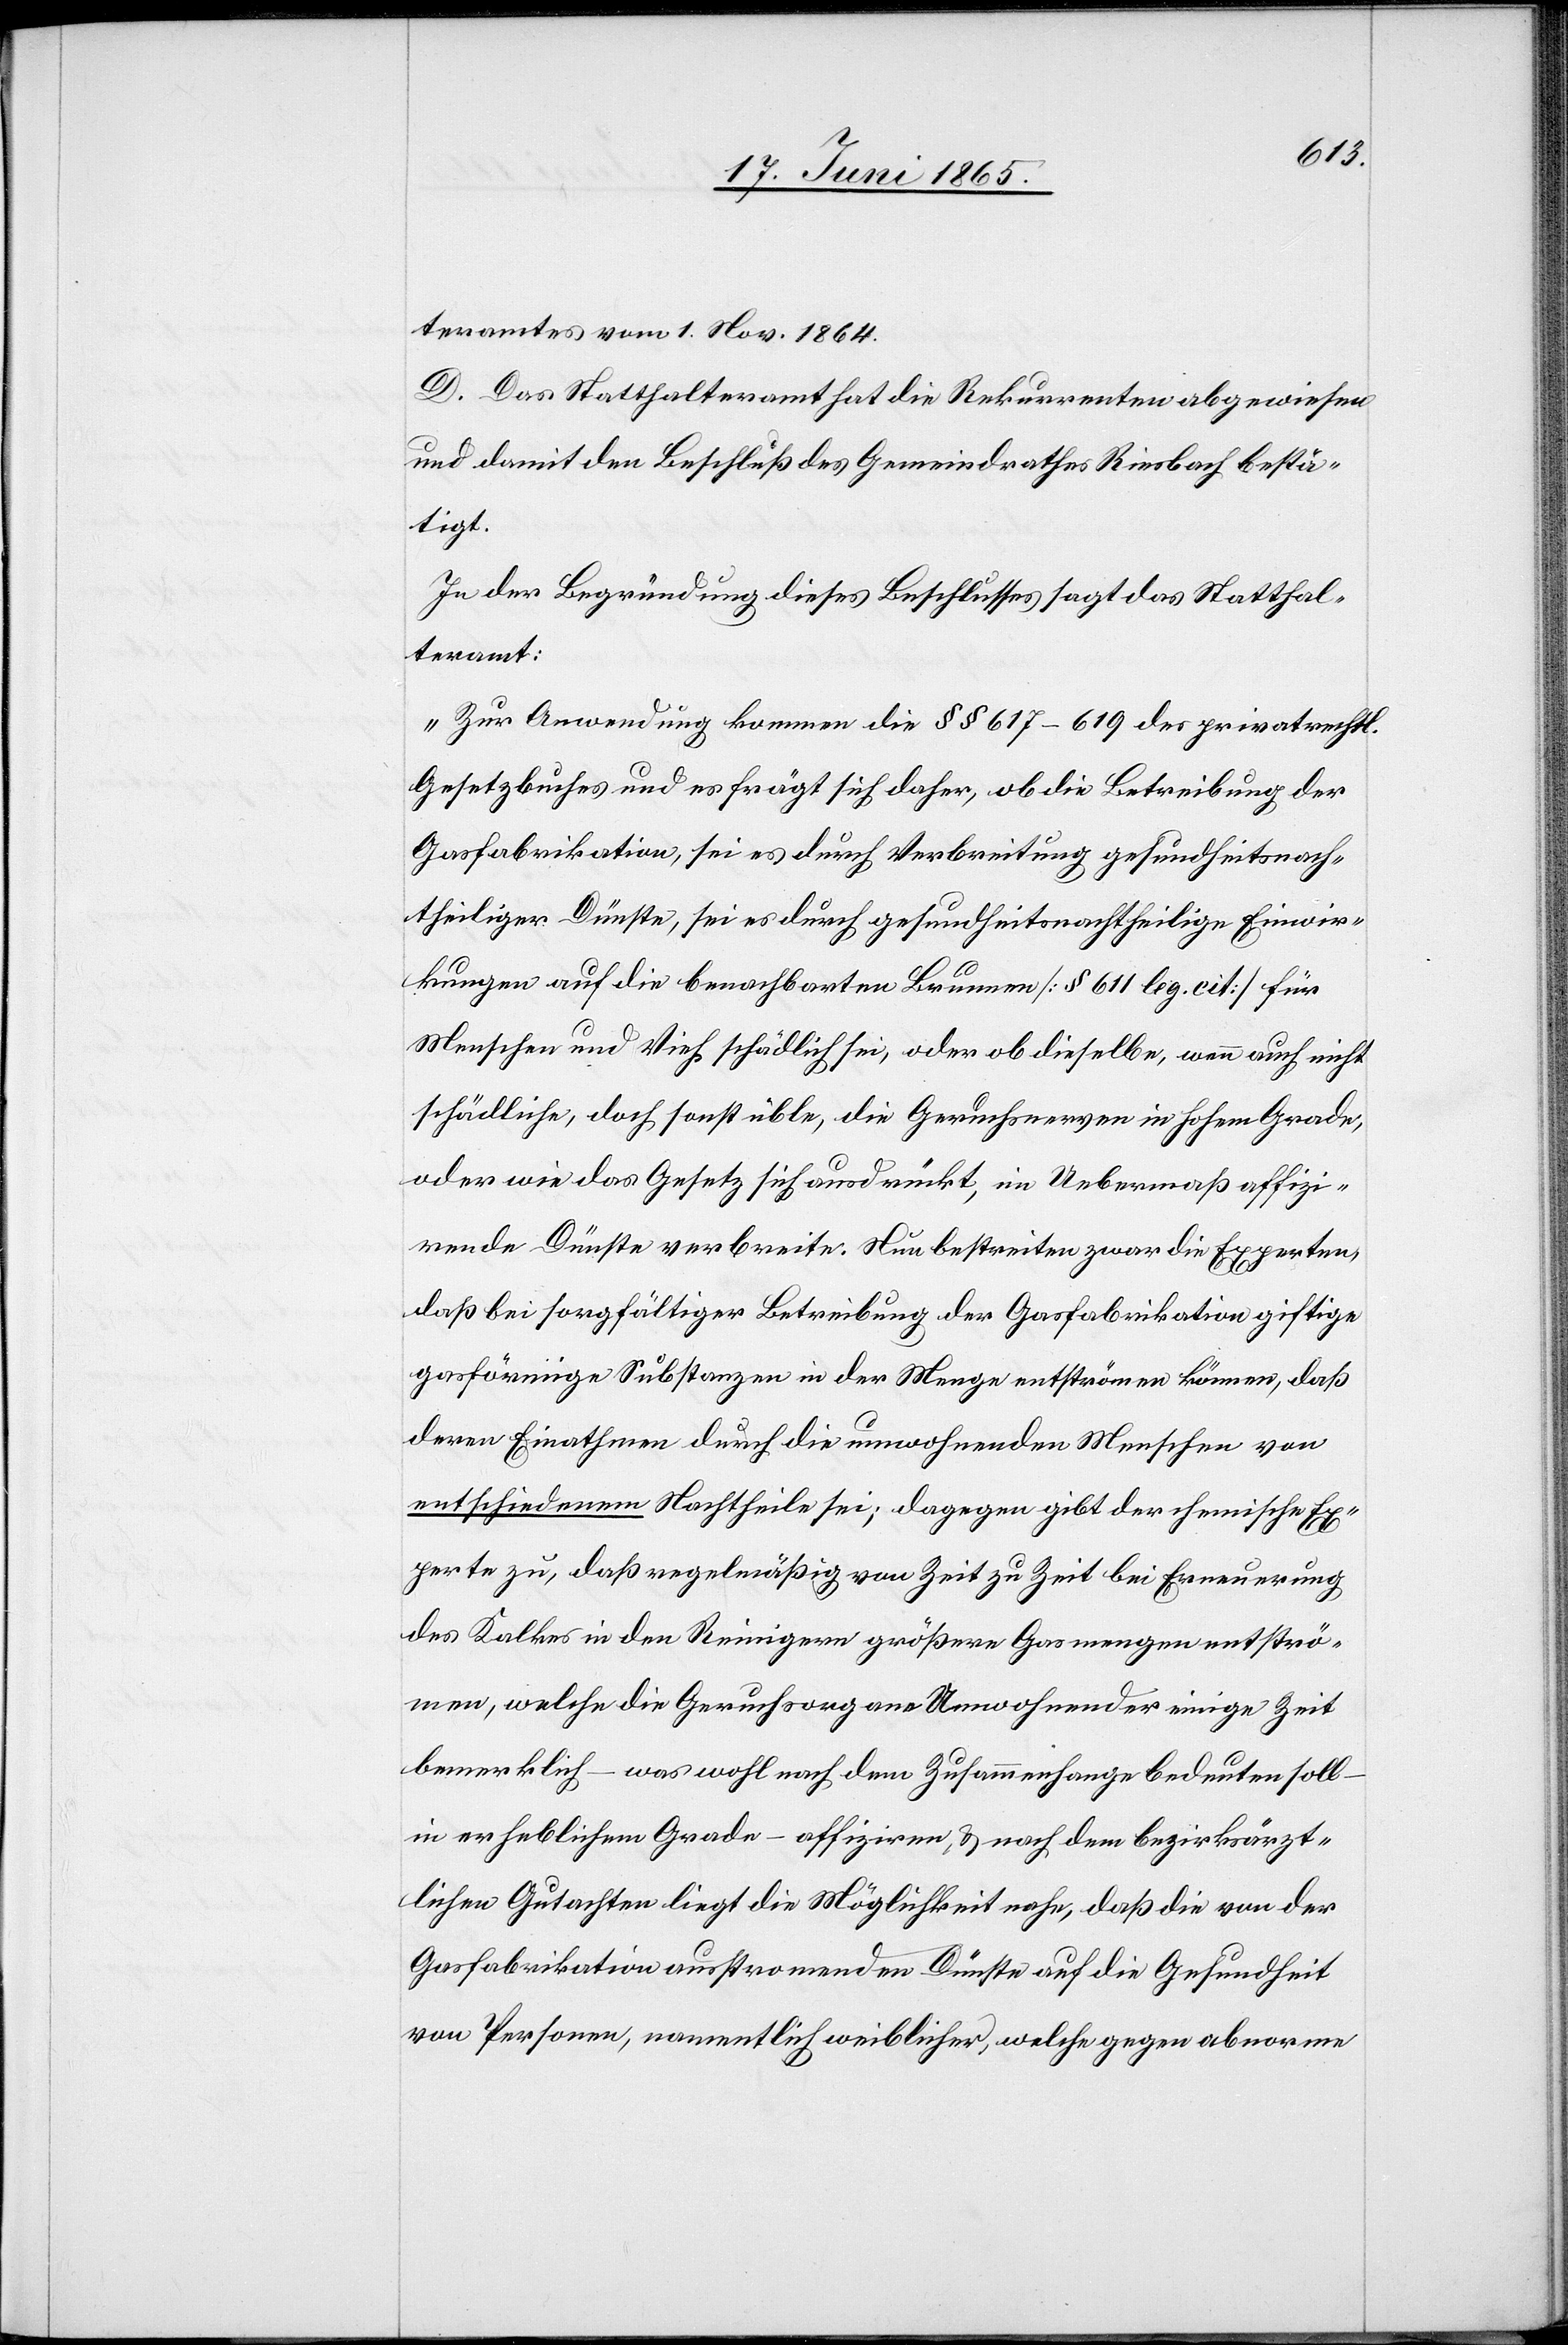
teramtes vom 1. Nov. 1864.
D. Das Statthalteramt hat die Rekurrenten abgewiesen
und damit den Beschluß des Gemeindrathes Riesbach bestä¬
tigt.
In der Begründung dieses Beschlusses sagt das Statthal¬
teramt:
„Zur Anwendung kommen die § § 617–619 des privatrechtl.
Gesetzbuches und es frägt sich daher, ob die Betreibung der
Gasfabrikation, sei es durch Verbreitung gesundheitsnach¬
theiliger Dünste, sei es durch gesundheitsnachtheilige Einwir¬
kungen auf die benachbarten Brunnen [§ 611 leg. cit] für
Menschen und Vieh schädlich sei, oder ob dieselbe, wenn auch nicht
schädliche, doch sonst üble, die Geruchsnerven in hohem Grade,
oder wie das Gesetz sich ausdrückt, im Uebermaß affizi¬
rende Dünste verbreite. Nun bestreiten zwar die Experten,
daß bei sorgfältiger Betreibung der Gasfabrikation giftige
gasförmige Substanzen in der Menge entströmen können, daß
deren Einathmen durch die umwohnenden Menschen von
entschiedenem Nachtheile sei; dagegen gibt der chemische Ex¬
perte zu, das regelmäßig von Zeit zu Zeit bei Erneuerung
des Kalkes in den Reinigern größere Gasmengen entströ¬
men, welche die Geruchsorgane Umwohnender einige Zeit
bemerklich – was wohl nach dem Zusammenhange bedeuten soll
in erheblichem Grade – affiziren, & nach dem bezirksärzt¬
lichen Gutachten liegt die Möglichkeit nahe, daß die von der
Gasfabrikation ausstromenden Dünste auf die Gesundheit
von Personen, namentlich weiblicher, welche gegen abnorme